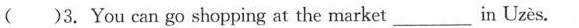
( )3. You can go shopping at the market___in Uzès.